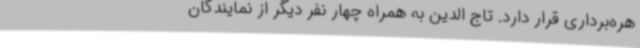
هره‌برداری قرار دارد. تاج الدین به همراه چهار نفر دیگر از نمایندگان